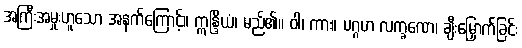
အကြီးအမှုးဟူသော အနက်ကြောင့်။ ဣန္ဒြိယံ၊ မည်၏။ ဝါ၊ ကား။ ပဂ္ဂဟ လက္ခဏေ၊ ချီးမြှောက်ခြင်း